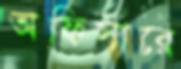
অফিসারে